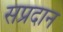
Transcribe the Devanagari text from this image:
सप्रदान